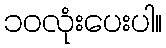
၁၀လုံးပေးပါ။